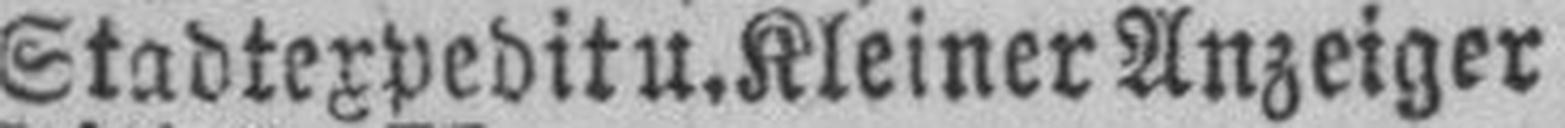
Stadtexpeditu.Kleiner Anzeiger